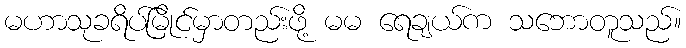
မဟာသုခရိပ်မြိုင်မှာတည်းဖို့ မမ ရေချယ်က သဘောတူသည်။